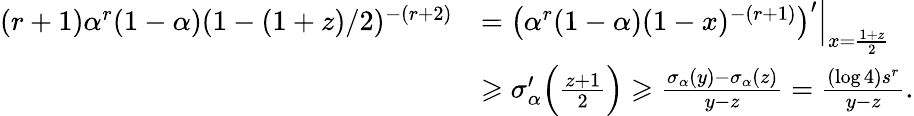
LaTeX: \begin{array}{rl}{(r+1)\alpha^{r}(1-\alpha)(1-(1+z)/2)^{-(r+2)}}&{=\left(\alpha^{r}(1-\alpha)(1-x)^{-(r+1)}\right)^{\prime}\Big|_{x=\frac{1+z}{2}}}\\ &{\geqslant\sigma_{\alpha}^{\prime}\Big(\frac{z+1}{2}\Big)\geqslant\frac{\sigma_{\alpha}(y)-\sigma_{\alpha}(z)}{y-z}=\frac{(\log 4)s^{r}}{y-z}.}\end{array}